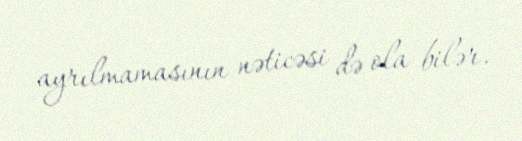
ayrılmamasının nəticəsi də ola bilər.